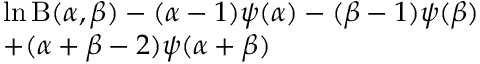
\begin{array} { l } { \ln \mathrm { B } ( \alpha , \beta ) - ( \alpha - 1 ) \psi ( \alpha ) - ( \beta - 1 ) \psi ( \beta ) } \\ { + ( \alpha + \beta - 2 ) \psi ( \alpha + \beta ) } \end{array}